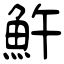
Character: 𩵱